system: You are a helpful assistant.
user:
Analyze the provided spectrum to determine if it is a **Carbon Star (C-type)**.

- **Key Visual Indicators of Carbon Star:**
    - **(Primary):** Strong molecular absorption from **C₂ (diatomic carbon) "Swan Bands."** This is the **defining feature** of a carbon star.
        - **(Key Bandheads):** Sharp absorption edges are visible at approximately $5635$ Å, $5165$ Å (the strongest band), and $4737$ Å.
        - **(Line Profile):** Creates a distinct **"saw-tooth"** pattern. The key morphology is a sharp, steep bandhead on the **red (long-wavelength) side**, which then gradually tapers off (i.e., flux recovers) towards the **blue (short-wavelength) side**. *(This is the direct opposite of the TiO bands seen in M-type stars)*.

    - **(Secondary):** Intense **CN (cyanogen)** molecular absorption bands.
        - **(Key Bandheads):** Located in the blue and violet regions of the spectrum (e.g., near $4215$ Å and $3883$ Å).
        - **(Morphology):** These bands are extremely broad and act as a "blanket," absorbing the vast majority of blue and violet light. This creates a characteristic **"cliff"** or **"steep drop-off"** in the spectrum's flux at short wavelengths.

    - **(Key Confirmation):** Strong **CH absorption band (G-band)**.
        - **(Key Bandhead):** Located around $4300$ Å. The contribution from CH molecules to this band is exceptionally strong.

    - **(Overall Spectrum):**
        - The continuum is severely "chopped up" by these deep molecular bands, especially C₂, rather than appearing as a smooth curve.
        - Due to the heavy CN and C₂ absorption in the blue-green, the vast majority of the star's flux is concentrated in the red part of the spectrum, giving the star its characteristic deep red color.

Think first, call **spectral_visualization_tool** if needed to examine features in detail, then provide your final answer. Your response must adhere to the following strict rules:
1.  **Overall Structure:** Your response must follow the format `<think>...</think> <tool_call>...</tool_call> (if a tool is used) <answer>...</answer>`.
2.  **Tool Usage Constraint:** You may only make **one** tool call per turn.
3.  **Final Answer Format:** In the `<answer>` tag, your conclusion must be inside a `\boxed{}` command (e.g., `\boxed{YES}`), followed by your justification.

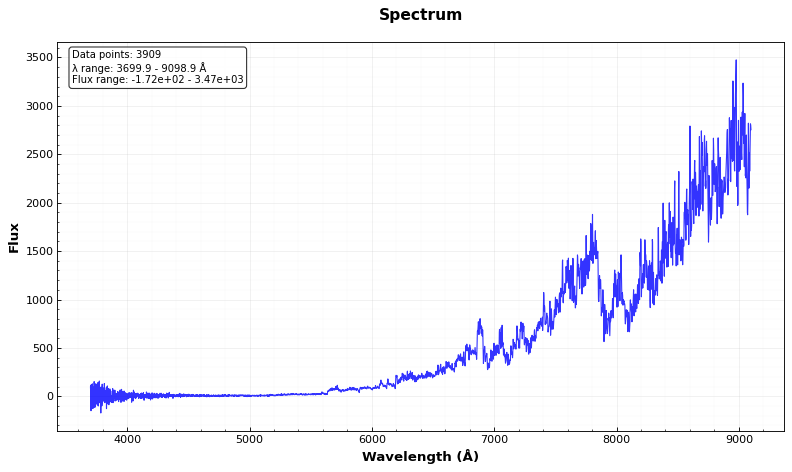
Answer: NO